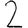
Digit: 2